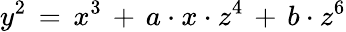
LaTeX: y^{2}\, =\, x^{3}\, +\, a\cdot x\cdot z^{4}\, +\, b\cdot z^{6}